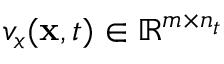
v _ { x } ( \mathbf { x } , t ) \in \mathbb { R } ^ { m \times n _ { t } }